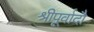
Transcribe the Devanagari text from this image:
श्रीपूर्वादौ